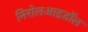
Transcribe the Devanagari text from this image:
निरोलआइडॉल